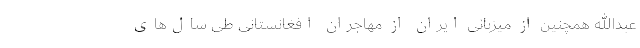
عبدالله همچنین از میزبانی ایران از مهاجران افغانستانی طی سال‌های